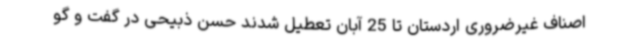
اصناف غیرضروری اردستان تا 25 آبان تعطیل شدند حسن ذبیحی در گفت و گو